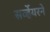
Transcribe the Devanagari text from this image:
सर्व्हेयरने